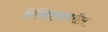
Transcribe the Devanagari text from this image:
रिव्हिएरावरील